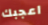
اعجبك